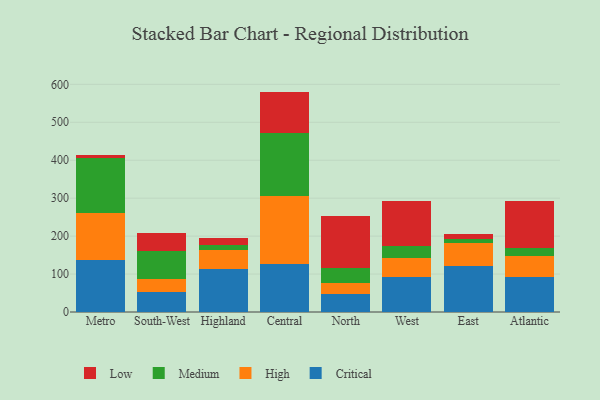
{"axis": {"x": "Region", "y": "Humidity (%)"}, "legend": ["Critical", "High", "Low", "Medium"], "data": [{"x": "Metro", "y": 137.1, "type": "Critical"}, {"x": "Metro", "y": 123.1, "type": "High"}, {"x": "Metro", "y": 146.0, "type": "Medium"}, {"x": "Metro", "y": 8.5, "type": "Low"}, {"x": "South-West", "y": 53.4, "type": "Critical"}, {"x": "South-West", "y": 33.9, "type": "High"}, {"x": "South-West", "y": 72.6, "type": "Medium"}, {"x": "South-West", "y": 47.1, "type": "Low"}, {"x": "Highland", "y": 112.1, "type": "Critical"}, {"x": "Highland", "y": 51.4, "type": "High"}, {"x": "Highland", "y": 12.8, "type": "Medium"}, {"x": "Highland", "y": 17.9, "type": "Low"}, {"x": "Central", "y": 127.6, "type": "Critical"}, {"x": "Central", "y": 177.5, "type": "High"}, {"x": "Central", "y": 165.9, "type": "Medium"}, {"x": "Central", "y": 109.9, "type": "Low"}, {"x": "North", "y": 47.5, "type": "Critical"}, {"x": "North", "y": 29.1, "type": "High"}, {"x": "North", "y": 38.5, "type": "Medium"}, {"x": "North", "y": 138.2, "type": "Low"}, {"x": "West", "y": 93.3, "type": "Critical"}, {"x": "West", "y": 49.8, "type": "High"}, {"x": "West", "y": 30.7, "type": "Medium"}, {"x": "West", "y": 119.6, "type": "Low"}, {"x": "East", "y": 121.1, "type": "Critical"}, {"x": "East", "y": 60.8, "type": "High"}, {"x": "East", "y": 9.5, "type": "Medium"}, {"x": "East", "y": 14.8, "type": "Low"}, {"x": "Atlantic", "y": 92.5, "type": "Critical"}, {"x": "Atlantic", "y": 53.9, "type": "High"}, {"x": "Atlantic", "y": 22.7, "type": "Medium"}, {"x": "Atlantic", "y": 124.2, "type": "Low"}]}